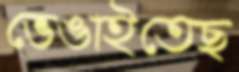
ভেঙাইতেছ